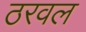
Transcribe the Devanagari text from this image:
ठरवल